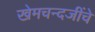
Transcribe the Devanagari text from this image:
खेमचन्दजींचे